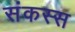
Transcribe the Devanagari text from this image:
संकस्स